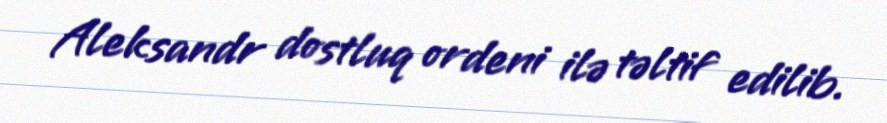
Aleksandr dostluq ordeni ilə təltif edilib.